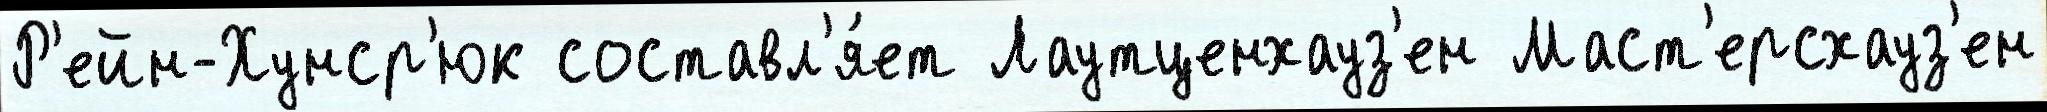
Р'ейн-Хунср'юк составл'я́ет Лаутценхауз'ен Маст'ерсхауз'ен